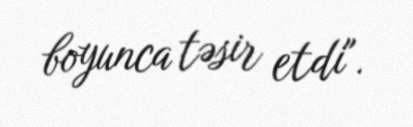
boyunca təsir etdi".